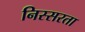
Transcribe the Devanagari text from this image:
निस्सरता